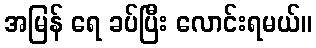
အမြန် ရေ ခပ်ပြီး လောင်းရမယ်။